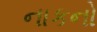
નાકનો